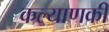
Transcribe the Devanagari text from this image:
कल्याणकी